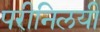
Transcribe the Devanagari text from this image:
परीनिलयी